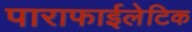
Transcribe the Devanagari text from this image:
पाराफाईलेटिक